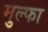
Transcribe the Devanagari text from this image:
मुल्फा